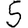
Digit: 5